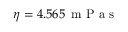
\eta = 4 . 5 6 5 \, \mathrm { ~ m ~ P ~ a ~ s ~ }